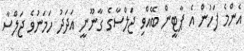
އެންމެ ފަހުން އެ ޕާޓީން ބޭއްވި ޖަލްސާގެ ގާނޫނީ އަދަދު ހަމަނުވެ ޖަލްސާ